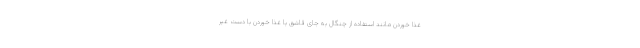
غذا خوردن مانند استفاده از چنگال به جای قاشق یا غذا خوردن با دست غیر